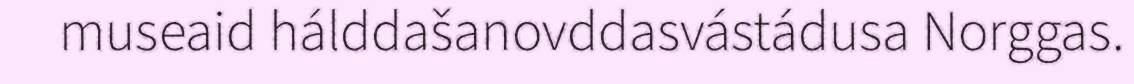
museaid hálddašanovddasvástádusa Norggas.